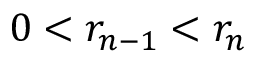
0 < r _ { n - 1 } < r _ { n }